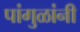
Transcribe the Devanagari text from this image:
पांगुळांनी